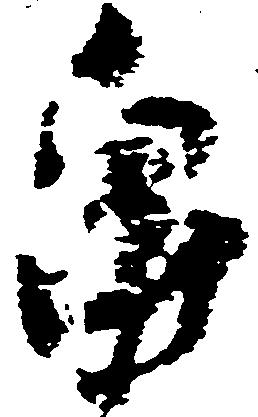
畠